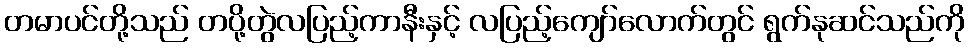
တမာပင်တို့သည် တပို့တွဲလပြည့်ကာနီးနှင့် လပြည့်ကျော်လောက်တွင် ရွက်နုဆင်သည်ကို